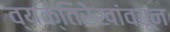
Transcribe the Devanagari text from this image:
व्यक्तिरेखांवरून